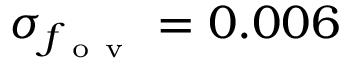
\sigma _ { f _ { \mathrm { ~ o ~ v ~ } } } = 0 . 0 0 6